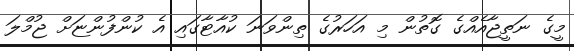
މީގެ ނަތީޖާއެއްގެ ގޮތުން މި އަހަރުގެ ތިންވަނަ ކުއާޓާގައި އެ ކުންފުންޏަށް ޖުމްލަ